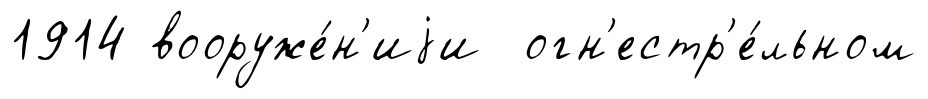
1914 вооруже́н'иjи огн'естр'е́льном